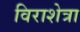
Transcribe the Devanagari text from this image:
विराशेत्रा